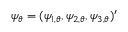
\psi _ { \theta } = ( \psi _ { 1 , \theta } , \psi _ { 2 , \theta } , \psi _ { 3 , \theta } ) ^ { \prime }